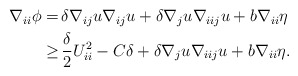
\begin{align*}\begin{aligned}\nabla_{ii} \phi = \,& \delta \nabla_{ij} u \nabla_{ij} u + \delta \nabla_{j} u \nabla_{iij} u + b \nabla_{ii} \eta \\ \geq \,& \frac{\delta}{2} U_{ii}^2 - C \delta + \delta \nabla_{j} u \nabla_{iij} u + b \nabla_{ii} \eta. \end{aligned}\end{align*}